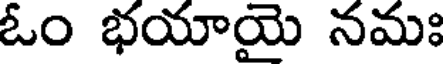
ఓం భయాయై నమః